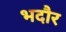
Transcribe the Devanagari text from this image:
भदौर